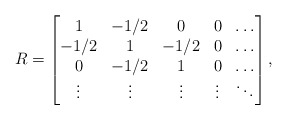
\begin{align*}R = \begin{bmatrix}1 & -1/2 & 0 & 0 & \ldots\\-1/2 & 1 & -1/2 & 0 & \ldots\\0 & -1/2 & 1 & 0 & \ldots\\\vdots & \vdots & \vdots & \vdots & \ddots\\\end{bmatrix},\end{align*}